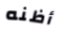
أظنه